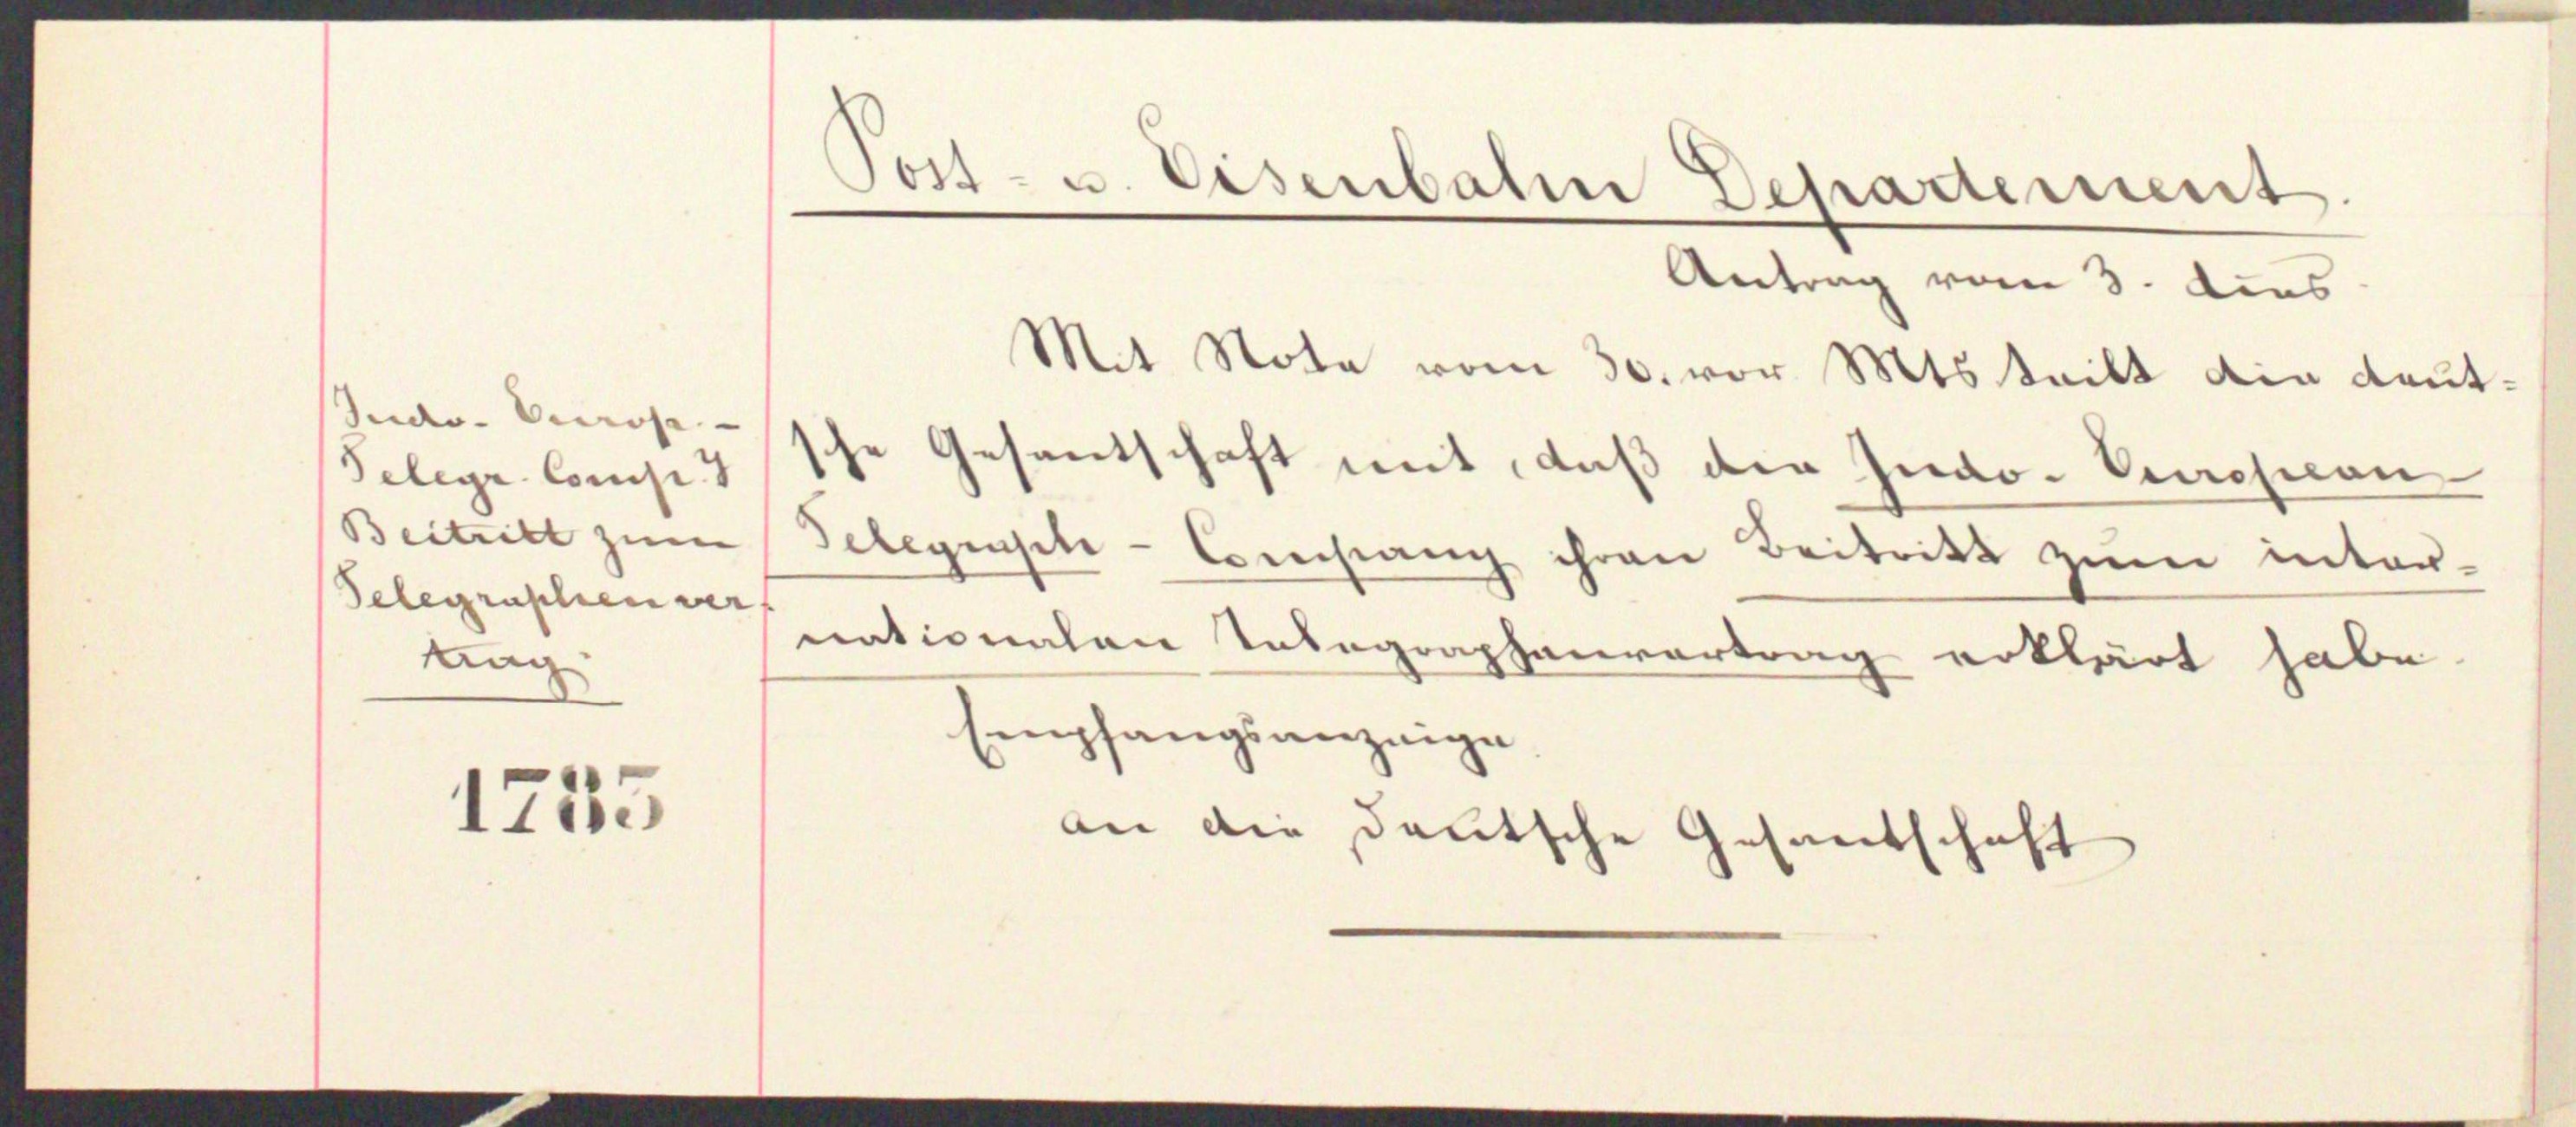
Post- u. Eisenbahn Departement.
Antrag vom 3. dies
Mit Note vom 30. vor. Mts. teilt die deut¬
Judo-Venrose
sche Gesandschaft mit, daß die Judo-Curosion
Telegr. Comp
Beitritt zum Gelegensch-Constanz ihren Beitritt zum inter-
Selegraschen ver
nationalen Telegraphenvertrag erklärt habe.
dang

1743

Empfangsanzeige

an die deutsche Gesantschaft